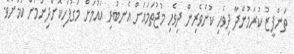
ތަންފީޒު ކުރަމުންދާ ދިވެހި ކުށްވެރިން ދިވެހި މުޖުތަމައަށް އެނބުރި އައުމަށް މަގުފަހިކޮށްދިނުމަށް ކަމަށެވެ.